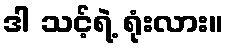
ဒါ သင့်ရဲ့ ရုံးလား။